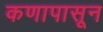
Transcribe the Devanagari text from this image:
कणापासून